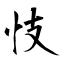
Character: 忮